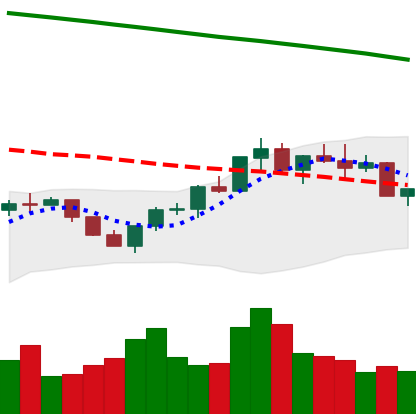
Ticker: BNB-USD
Chart end date: 2022-07-26
Forward return: 13.906%
Label: up_7plus